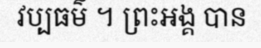
វប្បធម៌ ។ ព្រះអង្គ បាន